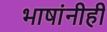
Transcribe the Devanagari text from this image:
भाषांनीही